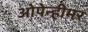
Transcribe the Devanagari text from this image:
ओपेन्हीमर